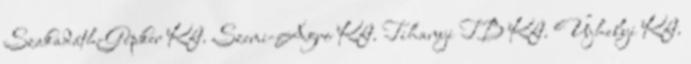
Szakadáth-Gépker Kft. Szemi-Agro Kft. Tihanyi TB Kft. Újhelyi Kft.